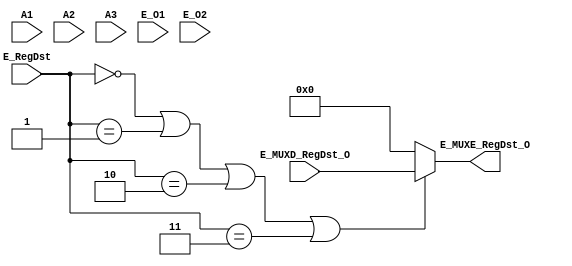
`timescale 1ns / 1ps
//////////////////////////////////////////////////////////////////////////////////
// Company: 
// Engineer: 
// 
// Design Name: 
// Module Name:    MUXE_RegDst 
// Project Name: 
// Target Devices: 
// Tool versions: 
// Description: 
//
// Dependencies: 
//
// Revision: 
// Revision 0.01 - File Created
// Additional Comments: 
//
//////////////////////////////////////////////////////////////////////////////////
module MUXE_RegDst(
    input [4:0] E_MUXD_RegDst_O,
	 input [4:0] A1,
	 input [4:0] A2,
	 input [4:0] A3,
    input [31:0] E_O1,
	 input [31:0] E_O2,
    input [3:0] E_RegDst,
    output reg [4:0] E_MUXE_RegDst_O
    );
	 always@(*) begin
		if (E_RegDst == 4'b0000 || E_RegDst == 4'b0001 || E_RegDst == 4'b0010 || E_RegDst == 4'b0011) begin
			E_MUXE_RegDst_O = E_MUXD_RegDst_O;
		end
		else begin
			E_MUXE_RegDst_O = 5'b00000;
		end
	 end


endmodule